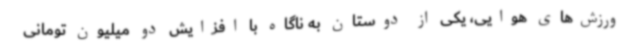
ورزش‌های هوایی، یکی از دوستان به ناگاه با افزایش دو میلیون تومانی